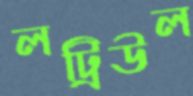
লট্রিউল